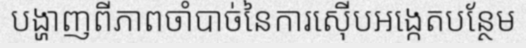
បង្ហាញពីភាពចាំបាច់នៃការស៊ើបអង្កេតបន្ថែម